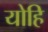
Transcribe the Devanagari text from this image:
योहि